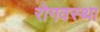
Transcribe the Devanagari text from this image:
रोगवस्था